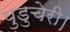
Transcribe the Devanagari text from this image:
पुडुचेरी।